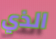
الذي